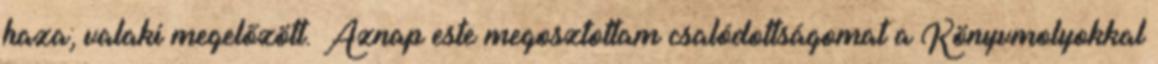
haza; valaki megelőzött. Aznap este megosztottam csalódottságomat a Könyvmolyokkal